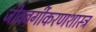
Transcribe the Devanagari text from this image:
जीववर्गीकरणशास्त्र